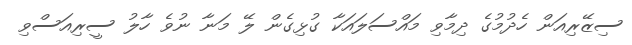
ސިޒޭރިއަން ހެދުމުގެ ދިމާވި މައްސަލައަކާ ގުޅިގެން ލޭ މަނާ ނުވެ ހާލު ސީރިއަސްވި